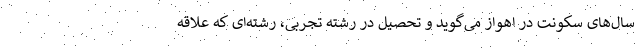
سال‌های سکونت در اهواز می‌گوید و تحصیل در رشته تجربی، رشته‌ای که علاقه